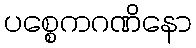
ပစ္စေကဂဏိနော